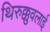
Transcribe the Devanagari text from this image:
थिरुक्कुवलाई